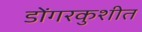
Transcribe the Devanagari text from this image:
डोंगरकुशीत